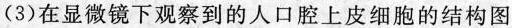
(3)在显微镜下观察到的人口腔上皮细胞的结构图